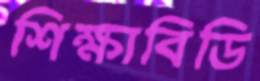
শিক্ষাবিডি